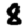
Digit: 8